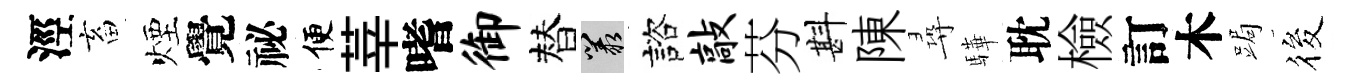
涇畜煙覺祕便莘嗜御替叢諮敲芬斟陳尋驊耽檢訂木跼筱